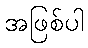
အဖြစ်ပါ